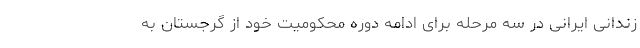
زندانی ایرانی در سه مرحله برای ادامه دوره محکومیت خود از گرجستان به